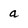
Character: a